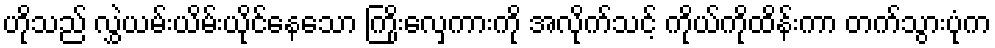
ဟိုသည် လွှဲယမ်းယိမ်းယိုင်နေသော ကြိုးလှေကားကို အလိုက်သင့် ကိုယ်ကိုထိန်းကာ တက်သွားပုံက